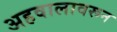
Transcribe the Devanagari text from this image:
अहवालावरून